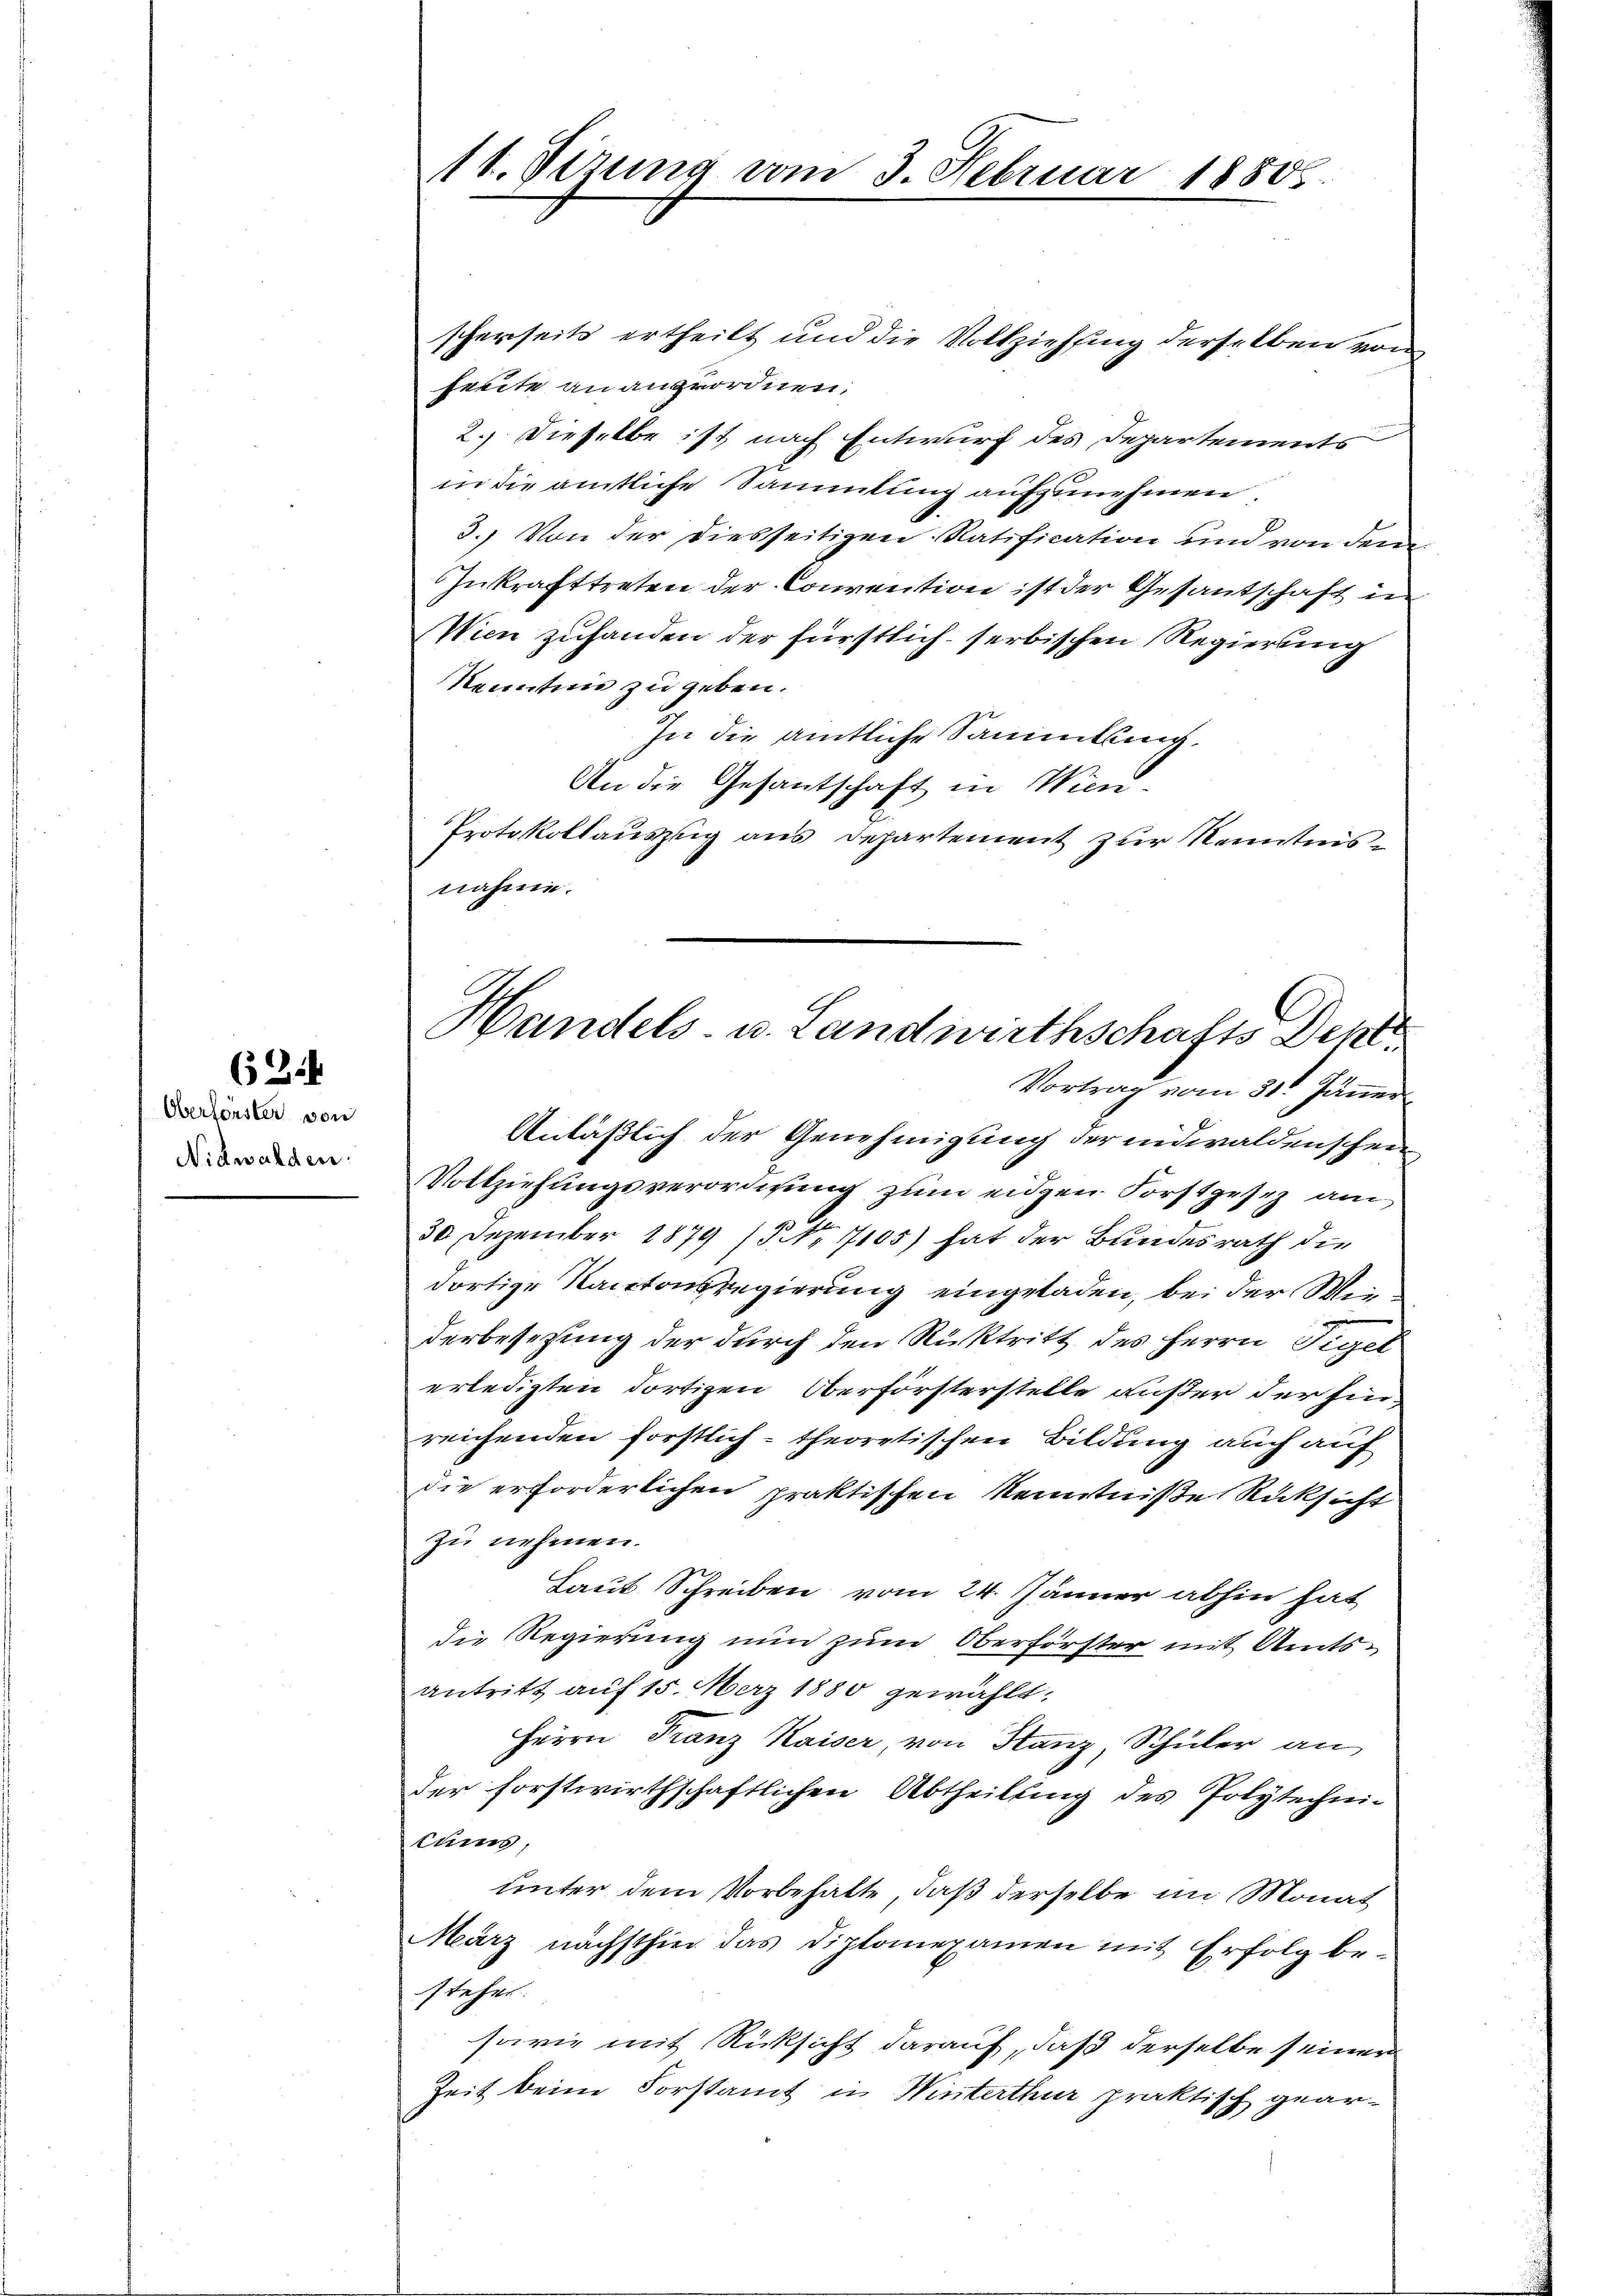
62

Oberförster von
Nidwalden.

scherseits ertheilt und die Vollziehung derselben von
heute an angeordnen,
2.) Dieselbe ist nach Entwurf des Departements
in die amtliche Sammlung aufzunehmen,
3.) Von der diesseitigen Ratification und von dem
Zukrafttreten der Convention ist der Gesantschaft in
Wien zuhanden der fürstlich serbischen Regierung
Kenntnis zu geben.
In die amtliche Sammlung.
An die Gesantschaft in Wien¬
Protokollauszug aus Departement zur Kenntnisnähme.

11. Sizung vom 3. Februar 18806.

Anläßlich der Genehmigung der indwaldenschein
Vollziehungsverordnung zum eidgen Forstgesez am
30 Dezember 1879 (Nr. 7105) hat der Bundesrath die
dortige Kantonsregierung eingeladen, bei der Weiderbesezung der durch den Rücktritt des Herrn Tiget
erledigten dortigen Oberförsterstelle außer der Ein
reichenden forstlich-theoretischen Bildung auch auf
die erforderlichen praktischen Kenntniße Rücksicht
zu nehmen.
Laut Schreiben vom 24. Jänner abhin hat
die Regierung nun zum Oberförster mit Amtsantritt auf 15. März 1880 gewählt,
Herrn Franz Kaiser, von Hanz, Schüler an
der forstwirthschaftlichen Abtheilung des Polytechnitums,
unter dem Vorbehalte, daß derselbe im Monat
März nächsthin das Diplomexamen mit Erfolg be-
stehen.
sowie mit Rücksicht darauf, daß derselbe seiner
Zeit beim Forstamt in Winterthur praktisch gear-

Handels- u. Landwirthschafts Den
Vortrag vom 31. Jänner